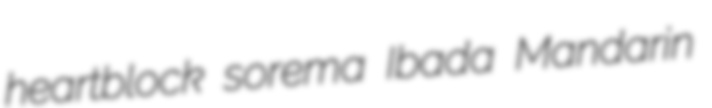
heartblock sorema Ibada Mandarin